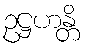
ဥဋ္ဌဟန္တိ